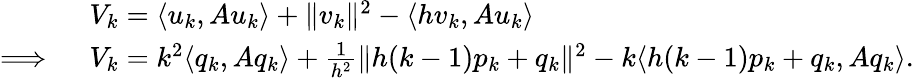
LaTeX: \begin{array}{rl}&{V_{k}=\langle u_{k},Au_{k}\rangle+\| v_{k}\| ^{2}-\langle hv_{k},Au_{k}\rangle}\\ {\Longrightarrow\ }&{V_{k}=k^{2}\langle q_{k},Aq_{k}\rangle+\frac{1}{h^{2}}\| h(k-1)p_{k}+q_{k}\| ^{2}-k\langle h(k-1)p_{k}+q_{k},Aq_{k}\rangle.}\end{array}